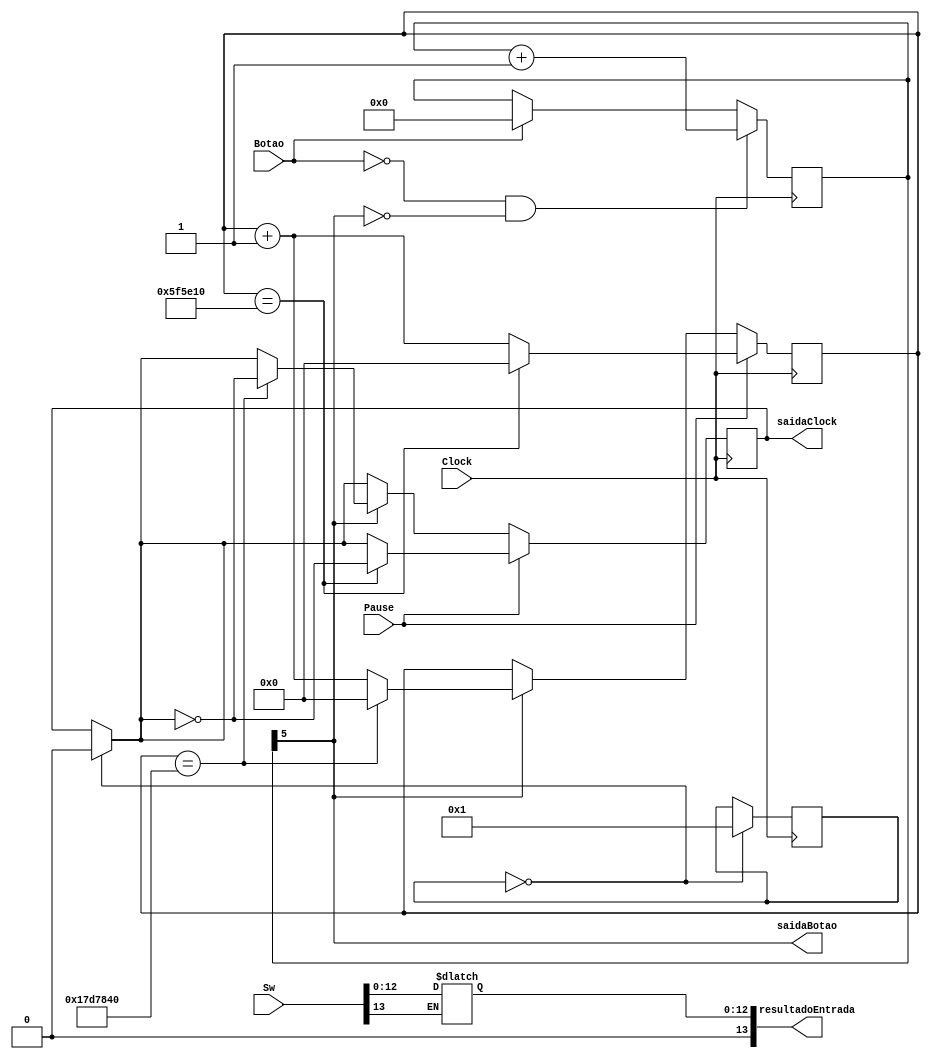
module Entrada (
	input Clock, Botao,
	input [13:0] Sw, 
	output [13:0] resultadoEntrada,
	output saidaBotao, saidaClock,
	input Pause
);
	reg[25:0] out;
	reg [12:0] resultado;
	reg RegClock;
	reg [5:0] Debouncer;
	integer contadorDebouncer = 1;
	integer contador = 0;

	always @(posedge Clock) begin
		
		if ((Botao == 0) && (Debouncer[5] != 1))
			Debouncer = Debouncer + 1;
		else if (Botao == 1)
			Debouncer = 6'd0;
		
	end
	
	always@(posedge Clock) begin
		if (contador == 0) begin
			RegClock = 0;
			contador = 1;
		end
		
		// O valor de S apenas ser alterado quando o valor de out atingir o valor de 50000000
		if (Pause == 1) begin
			if(out == 26'd6250000) begin
				out = 26'd0;
				RegClock = ~RegClock;
			end
			else
				out = out + 1;
		end
		else begin
			if(Debouncer[5] == 1) begin
				if(out == 26'd25000000) begin
					out = 26'd0;
					RegClock = ~RegClock;
				end
				else
					out = out + 1;	
			end
		end
	end

	always @(*) begin
		if (Sw[13] == 1)
			resultado = {1'd0, Sw[12:0]};
	end
	
	assign saidaBotao = Debouncer[5];
	assign saidaClock = RegClock;
	assign resultadoEntrada = resultado;
	
endmodule